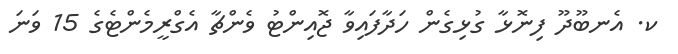
ކ. އެނބޫދޫ ފިނޮޅާ ގުޅިގެން ހަދާފައިވާ ޖޮއިންޓު ވެންޗާ އެގްރީމެންޓެގެ 15 ވަނަ